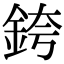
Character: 銙